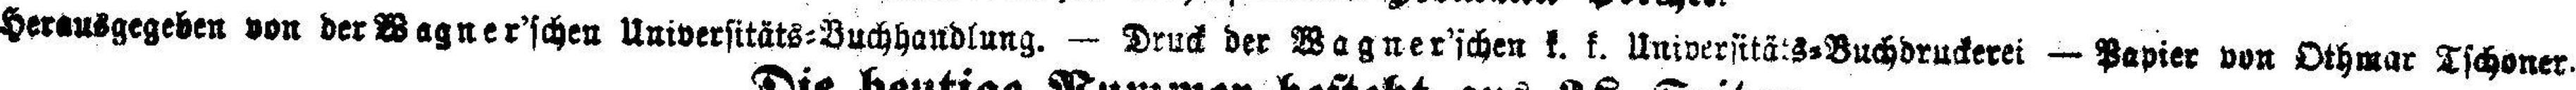
Herausgegeben von der Wagner’schen Universitäts=Buchhandlung. — Druck der Wagner’schen k. k. Universitäts=Buchdruckerei — Papier von Othmar Tschoner.